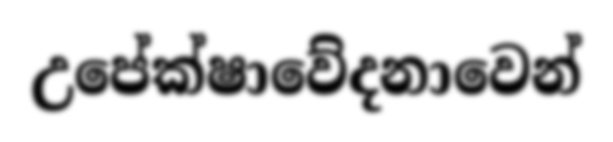
උපේක්ෂාවේදනාවෙන්